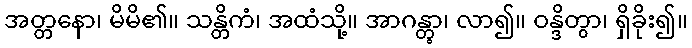
အတ္တနော၊ မိမိ၏။ သန္တိကံ၊ အထံသို့။ အာဂန္တွာ၊ လာ၍။ ဝန္ဒိတွာ၊ ရှိခိုး၍။